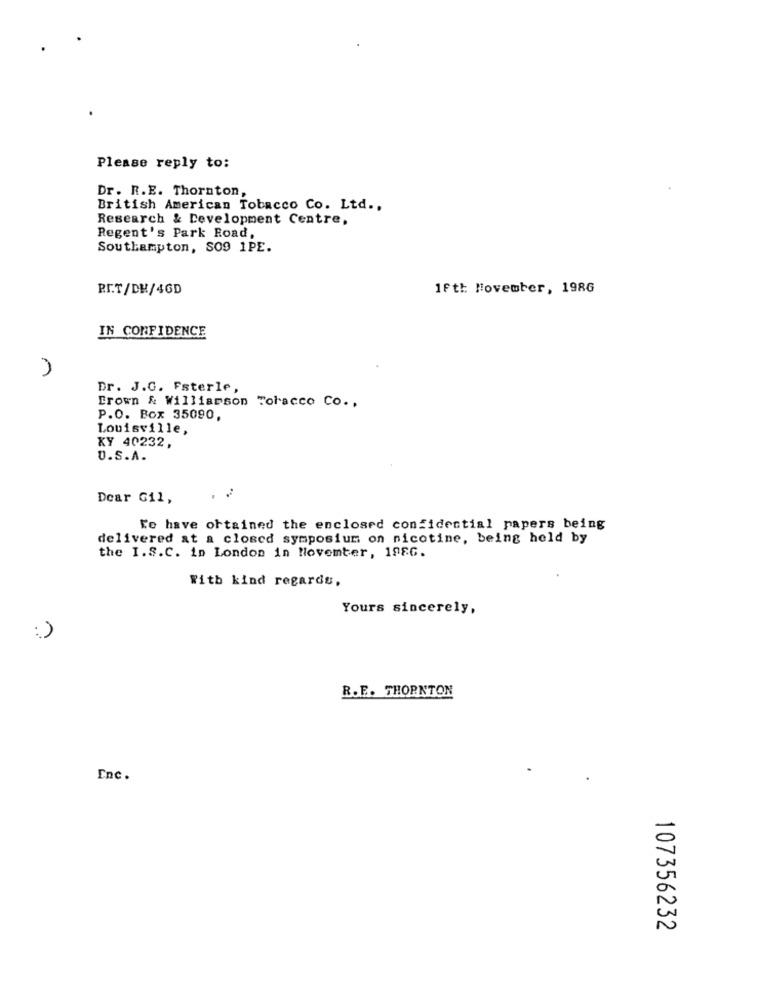
Please reply to:
Dr. R.E. Thornton,
British American Tobacco Co. Ltd .,
Research & Development Centre,
Regent's Park Road,
Southampton, SO9 1PE.
BIT/DH/46D
1ftt Movember, 1986
IN CONFIDENCE
Dr. J.G. Fsterle,
Brown & Williamson Tobacco Co .,
P.O. Box 35090,
Louisville,
KY 40232,
U.S.A.
Dear Gil,
l'e have obtained the enclosed confidential papers being
delivered at a closed symposium on nicotine, being held by
the I.S.C. in London in November, 1986.
With kind regards,
Yours sincerely,
:)
R.E. THORNTON
Enc.
107356232